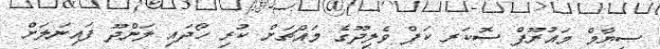
ސިޔާމް މައުރޫފް ސޮކަރ ކަޕް ވެލިދޫގެ މައްޗަށް ކުރި ހޯދައި ލަންދޫ ފައިނަލަށް